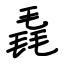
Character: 毳